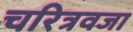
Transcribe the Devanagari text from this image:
चरित्रवजा